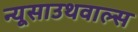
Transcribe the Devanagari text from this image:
न्यूसाउथवाल्स